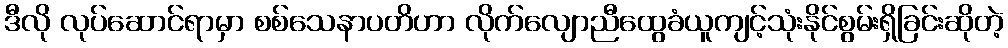
ဒီလို လုပ်ဆောင်ရာမှာ စစ်သေနာပတိဟာ လိုက်လျောညီထွေခံယူကျင့်သုံးနိုင်စွမ်းရှိခြင်းဆိုတဲ့